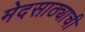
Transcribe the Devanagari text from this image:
मेदसाठ्याची